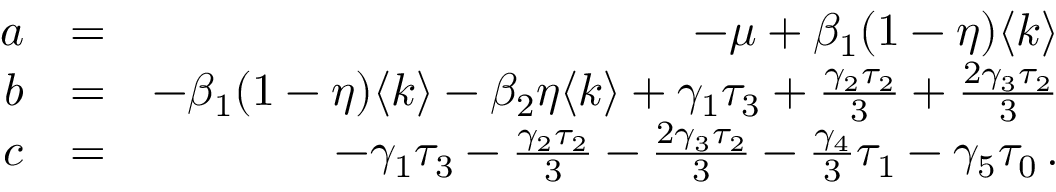
\begin{array} { r l r } { a } & { = } & { - \mu + \beta _ { 1 } ( 1 - \eta ) \langle k \rangle } \\ { b } & { = } & { - \beta _ { 1 } ( 1 - \eta ) \langle k \rangle - \beta _ { 2 } \eta \langle k \rangle + \gamma _ { 1 } \tau _ { 3 } + \frac { \gamma _ { 2 } \tau _ { 2 } } { 3 } + \frac { 2 \gamma _ { 3 } \tau _ { 2 } } { 3 } } \\ { c } & { = } & { - \gamma _ { 1 } \tau _ { 3 } - \frac { \gamma _ { 2 } \tau _ { 2 } } { 3 } - \frac { 2 \gamma _ { 3 } \tau _ { 2 } } { 3 } - \frac { \gamma _ { 4 } } { 3 } \tau _ { 1 } - \gamma _ { 5 } \tau _ { 0 } \, . } \end{array}